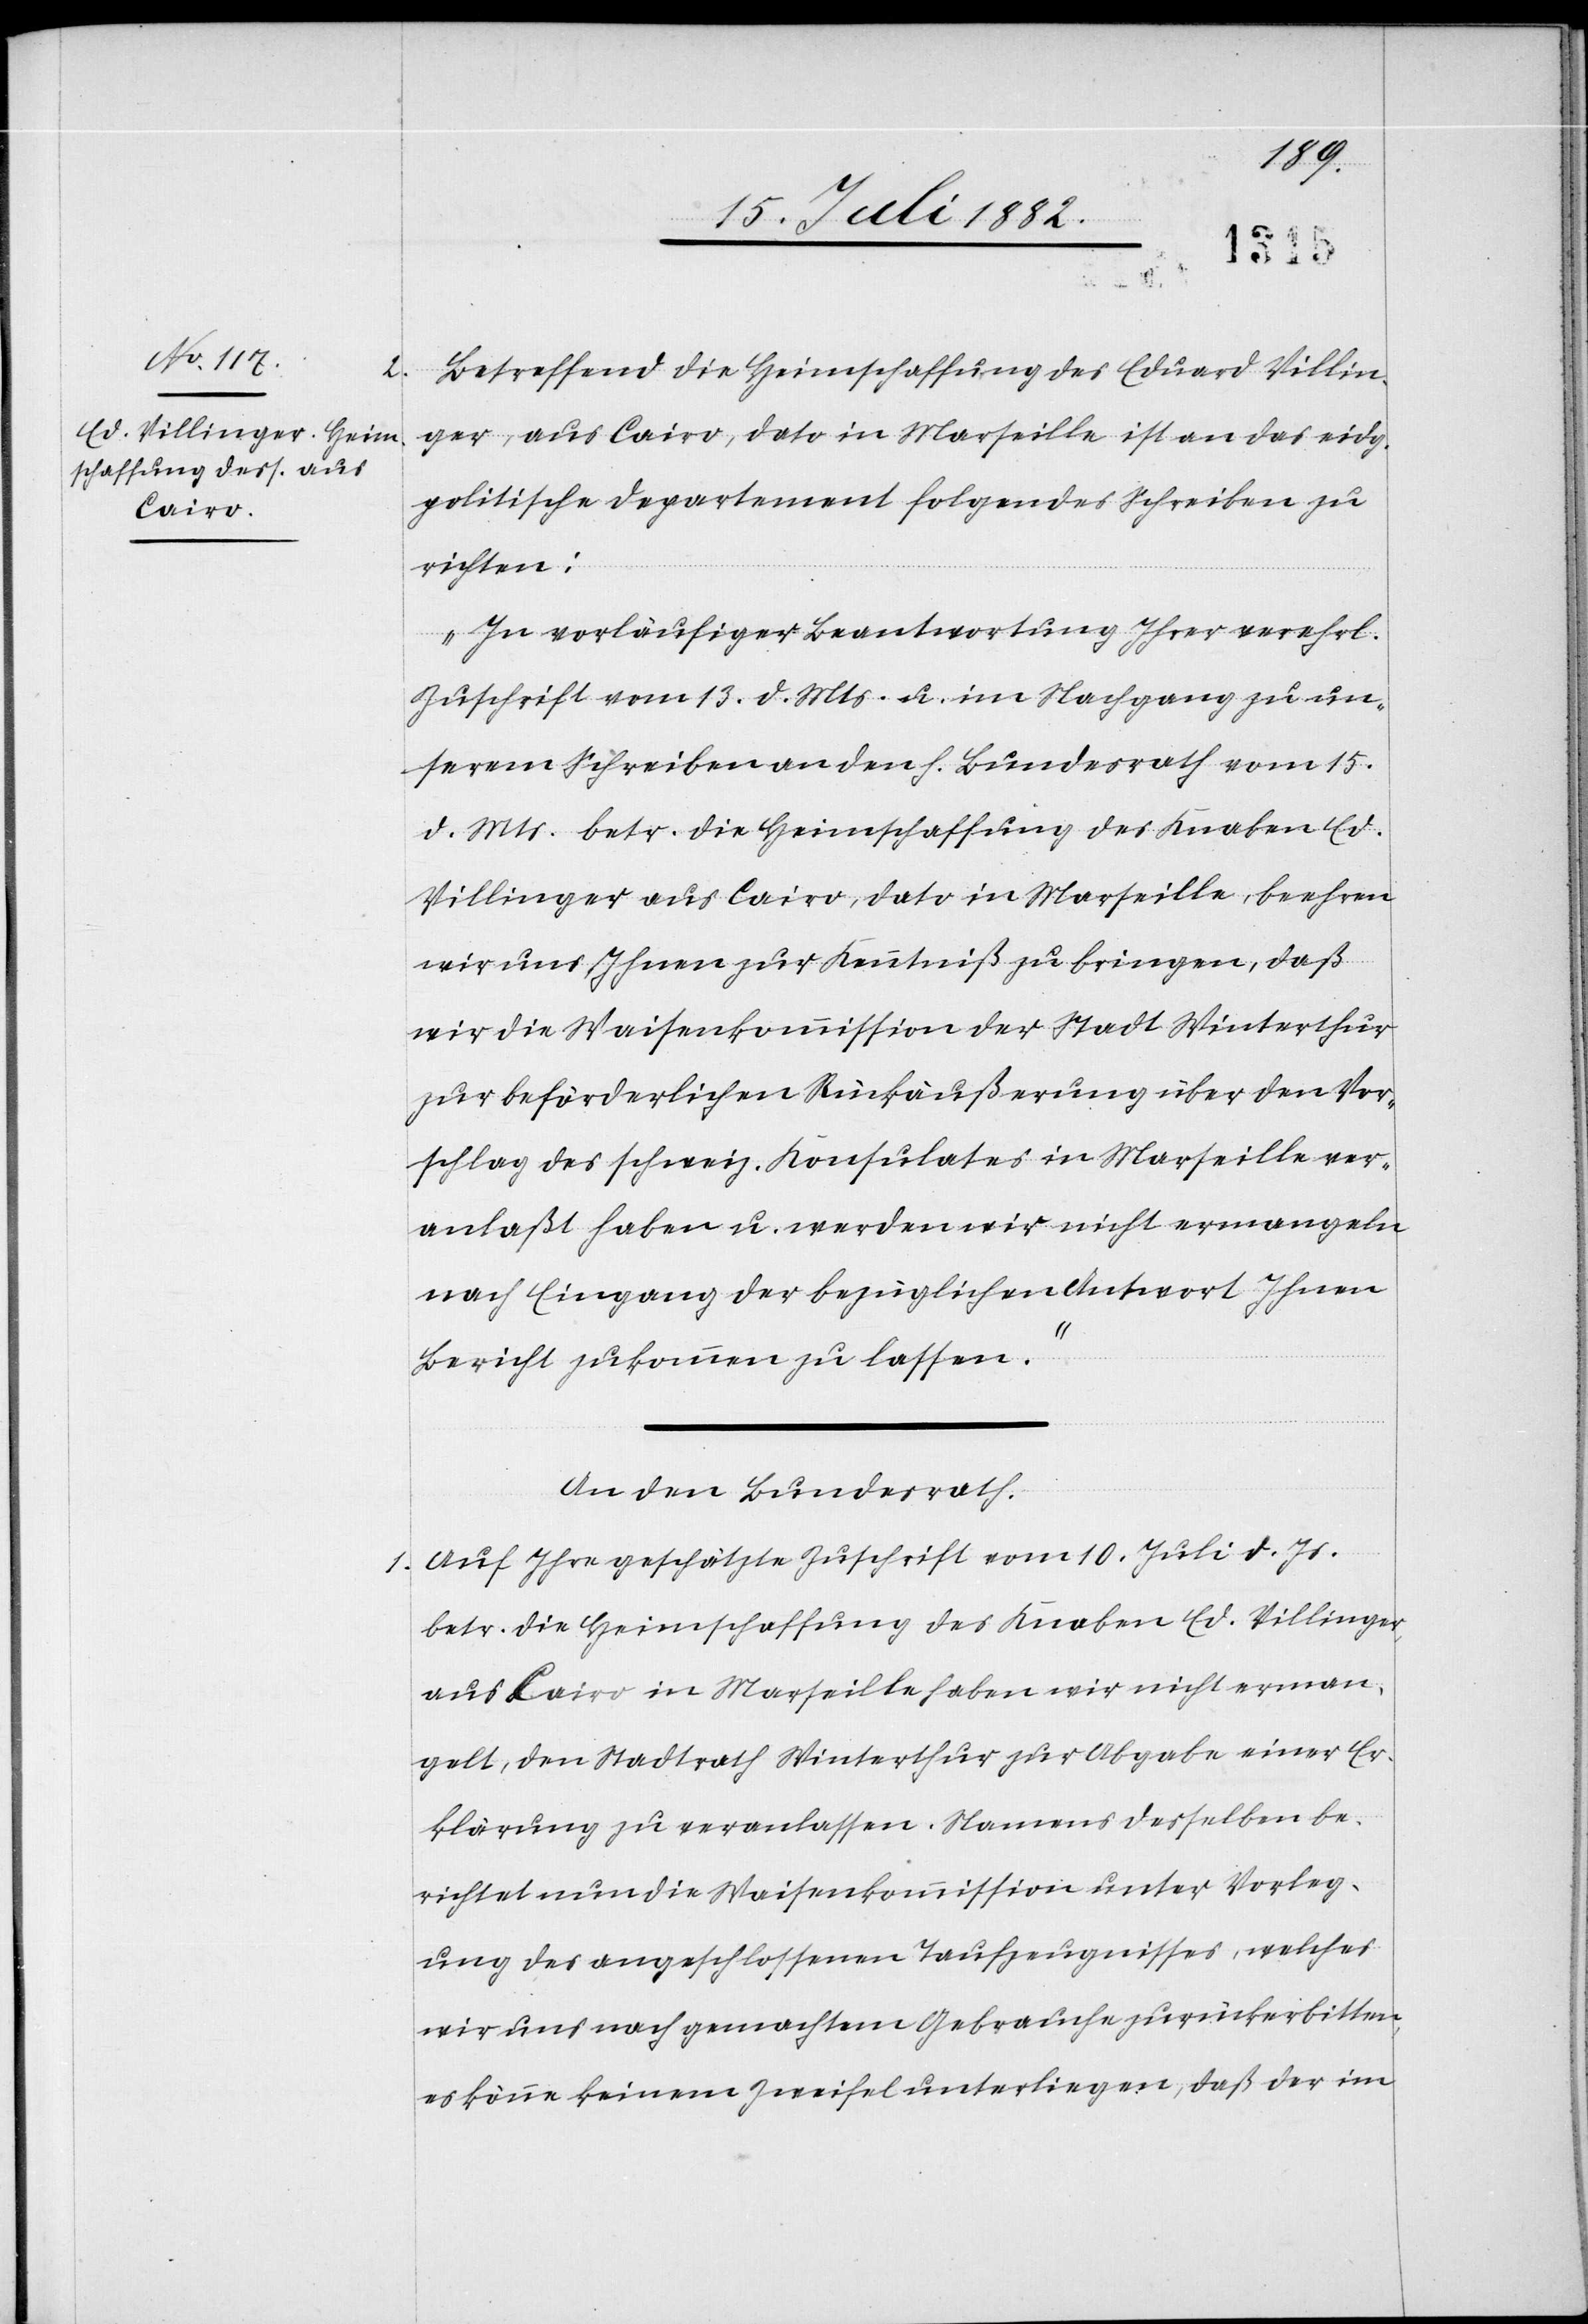
1.

Betreffend die Heimschaffung des Eduard Villin¬
ger, aus Cairo, dato in Marseille ist an das eidg.
politische Departement folgendes Schreiben zu
richten:
„In vorläufiger Beantwortung Ihrer verehrl.
Zuschrift vom 13. d. Mts. u. im Nachgang zu un¬
serem Schreiben an den h. Bundesrath vom 15.
d. Ms. betr. die Heimschaffung des Knaben Ed.
Villinger aus Cairo, dato in Marseille, beehren
wir uns Ihnen zur Kenntniß zu bringen, daß
wir die Waisenkommission der Stadt Winterthur
zur beförderlichen Rückäußerung über den Vor¬
schlag des schweiz. Konsulates in Marseille ver¬
anlaßt haben u. werden wir nicht ermangeln
nach Eingang der bezüglichen Antwort Ihnen
Bericht zukommen zu lassen.“
An den Bundesrath.
Auf Ihre geschätzte Zuschrift vom 10. Juli d. Js.
betr. die Heimschaffung des Knaben Ed. Villinger,
aus Cairo in Marseille haben wir nicht erman¬
gelt, den Stadtrath Winterthur zur Abgabe einer Er¬
klärung zu veranlassen. Namens desselben be¬
richtet nun die Waisenkommission unter Vorleg¬
ung des angeschlossenen Taufzeugnisses, welches
wir uns nach gemachtem Gebrauche zurückerbitten,
es könne keinem Zweifel unterliegen, daß der im